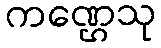
ကဏ္ဌေသု